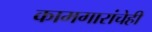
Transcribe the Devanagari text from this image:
कामगारांचेही